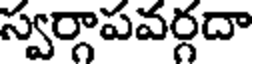
స్వర్గాపవర్గదా